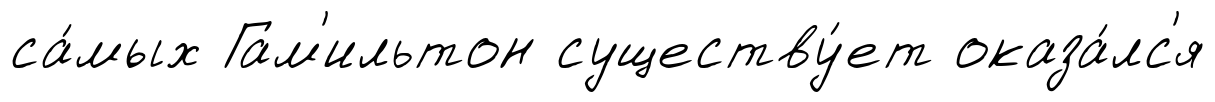
са́мых Гам'ильтон существу́ет оказа́лс'я